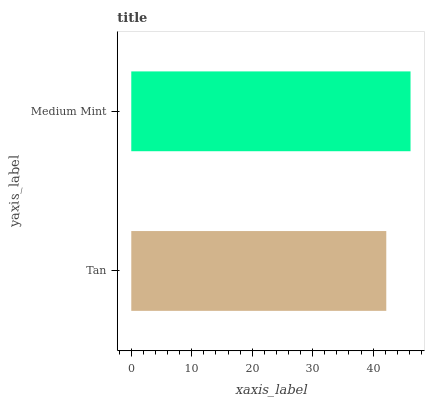
| yaxis_label | bars |
 | --- | --- |
 | Tan | 42.2 |
 | Medium Mint | 46.2 |